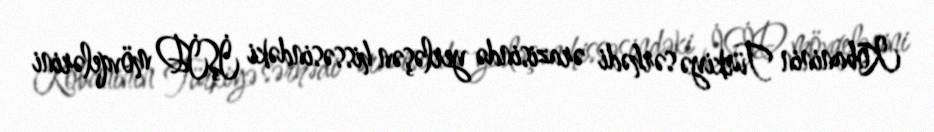
Kobaninin Türkiyə sərhədi ərazisində yerləşən hissəsindəki İŞİD mövqelərini